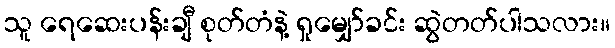
သူ ရေဆေးပန်းချီ စုတ်တံနဲ့ ရှုမျှော်ခင်း ဆွဲတတ်ပါသလား။